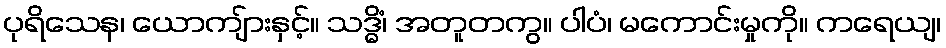
ပုရိသေန၊ ယောကျ်ားနှင့်။ သဒ္ဓိံ၊ အတူတကွ။ ပါပံ၊ မကောင်းမှုကို။ ကရေယျ၊